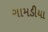
ગામડીયા